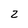
Character: 2